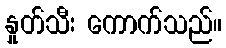
နှုတ်သီး ကောက်သည်။